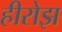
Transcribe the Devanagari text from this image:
हीरोझ